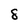
Character: 8